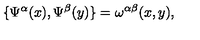
\{ \Psi ^ { \alpha } ( x ) , \Psi ^ { \beta } ( y ) \} = \omega ^ { \alpha \beta } ( x , y ) ,